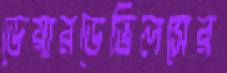
ডেয়ারডেভিলসের